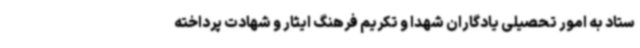
ستاد به امور تحصیلی یادگاران شهدا و تکریم فرهنگ ایثار و شهادت پرداخته